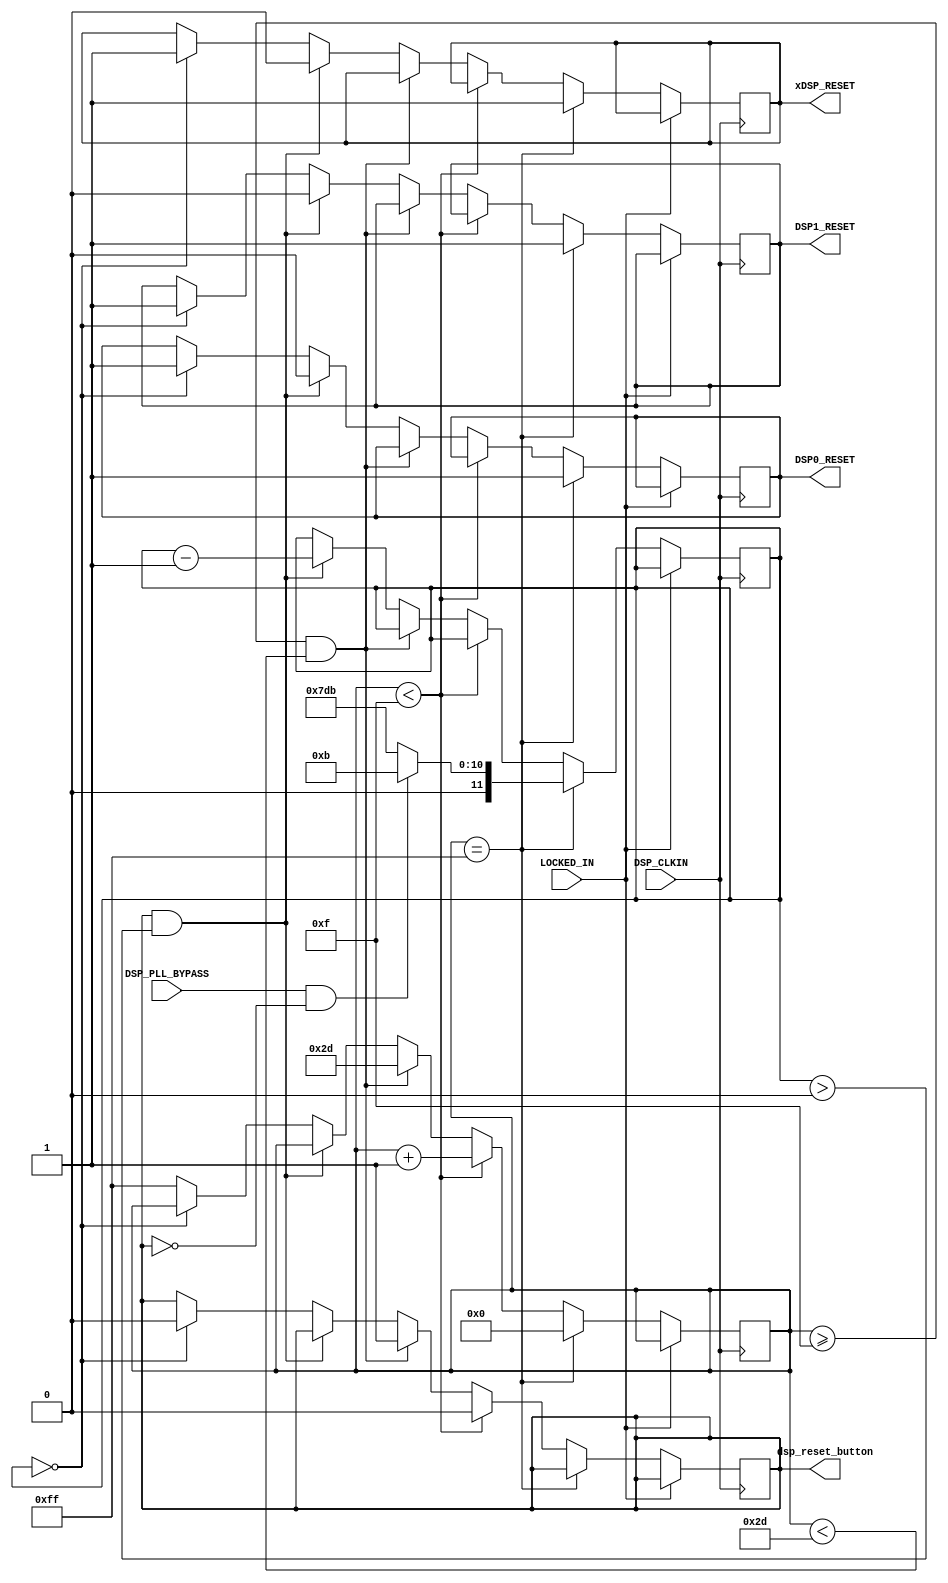
module dsp_reset	
(
   // input  wire dsp_clockin,  //input from an external clock
	 input DSP_CLKIN,    //input clock from dcm clock2
	 input LOCKED_IN,
 
    output reg DSP0_RESET,
    output reg DSP1_RESET,
    output reg xDSP_RESET,  //for testing
	 input DSP_PLL_BYPASS,
	 output reg dsp_reset_button
	
    );
 
	 parameter RESET_BUTTON_IDLE = 15;        //15 clocks -- DSP_CLKIN
	 parameter RESET_BUTTON_PUSHED = 45;      //push button for 30 cycle
	 parameter RESET_CLOCK_CYCLE = 11;		   //see data book
	 parameter PLL_RESET_CLOCK_CYCLE = 2000;	//see data book
	 parameter INIT_STATE = 8'hFF;
	
	
	reg[7:0]  i;
	reg[7:0]  j= INIT_STATE;
	reg reset_pushed_flag = 2'hFF;
	reg[11:0]  count= RESET_CLOCK_CYCLE;
	
	
	always @(posedge DSP_CLKIN)
	  begin
				if(!LOCKED_IN)
					begin
						if(j== INIT_STATE)
							begin
								DSP0_RESET <= 1'b1;  //RESET = 1
								DSP1_RESET <= 1'b1;  //RESET = 1
								xDSP_RESET <= 1'b1;  //not used now, set to 1
								j = 0;
								//init count
								if(DSP_PLL_BYPASS & ~dsp_reset_button)  //make sure only reset signal is off,then acount sets again.
										count = RESET_CLOCK_CYCLE;
								else
									count = RESET_CLOCK_CYCLE + PLL_RESET_CLOCK_CYCLE;						
							end
						else if(j<RESET_BUTTON_IDLE)
							begin
								dsp_reset_button <= 1'b0;   //set low for 15 clock cycles
								j<=j+1;
							end
						else if (j>=RESET_BUTTON_IDLE & j<RESET_BUTTON_PUSHED)
							begin
								dsp_reset_button <= 1'b1;		//reset button is pressed
								j<=RESET_BUTTON_PUSHED;
								//reset_pushed_flag <= 1'b1;						
							end
						
					
						//after reset button is pressed, reset signal is asserted
						else if(dsp_reset_button && count > 0)
							begin
								DSP0_RESET <= 1'b0;  //RESET = 0
								DSP1_RESET <= 1'b0;  //RESET = 0
								xDSP_RESET <= 1'b0;
								//counting down the clock cycle
								count <= count - 1;
							 end
					
						else if(count == 0)		
							begin
								dsp_reset_button <=1'b0;   //release reset button
								DSP0_RESET <= 1'b1;  //RESET = 1  reset is done
								DSP1_RESET <= 1'b1;  //RESET = 1
								xDSP_RESET <= 1'b1;  //not used now, set to 1
							end
						else
							j= INIT_STATE;   //if jump to here, must be an error, reset again
										
					 
				end
				
		end	
endmodule